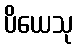
ပိယေသု